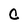
Character: c